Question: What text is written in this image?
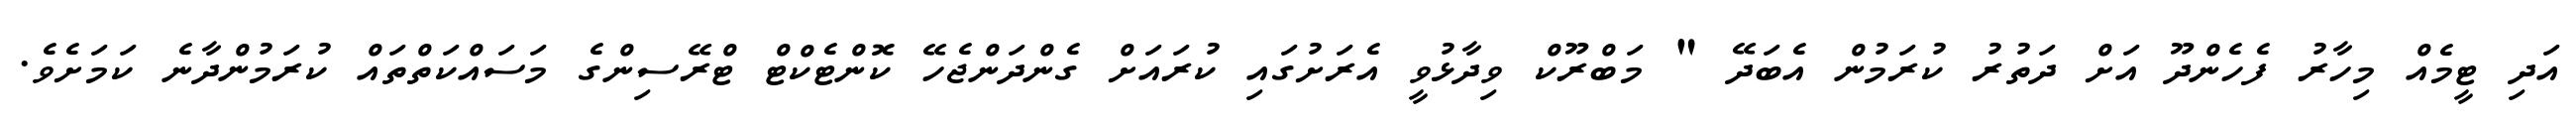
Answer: އަދި ޓީމެއް މިހާރު ފެހެންދޫ އަށް ދަތުރު ކުރަމުން އެބަދޭ " މަބްރޫކް ވިދާޅުވީ އެރަށުގައި ކުރައަށް ގެންދަންޖެހޭ ކޮންޓެކްޓް ޓްރޭސިންގެ މަސައްކަތްތައް ކުރަމުންދާނެ ކަމަށެވެ.